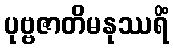
ပုဗ္ဗဇာတိမနုဿရိံ